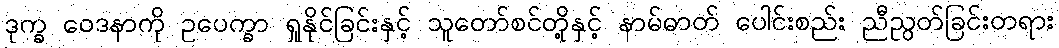
ဒုက္ခ ဝေဒနာကို ဥပေက္ခာ ရှုနိုင်ခြင်းနှင့် သူတော်စင်တို့နှင့် နာမ်ဓာတ် ပေါင်းစည်း ညီညွတ်ခြင်းတရား